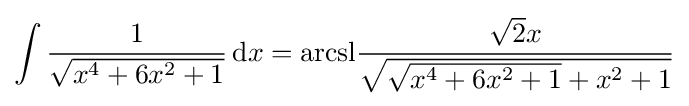
\int {\frac {1}{\sqrt {x^{4}+6x^{2}+1}}}\,\mathrm {d} x={\operatorname {arcsl} }{\frac {{\sqrt {2}}x}{\sqrt {{\sqrt {x^{4}+6x^{2}+1}}+x^{2}+1}}}